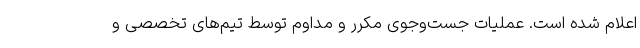
اعلام شده است. عملیات جست‌وجوی مکرر و مداوم توسط تیم‌های تخصصی و